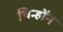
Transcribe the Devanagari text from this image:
चिन्होंन